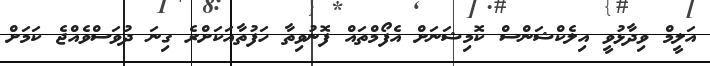
އަލީމް ވިދާޅުވީ އިލެކްޝަންސް ކޮމިޝަނަށް އެފޯމްތައް ފޮނުވިތާ ހަފުތާއަކަށްރެ ގިނަ ދުވަސްވެއްޖެ ކަމަށް